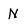
Character: N